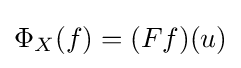
\Phi _{X}(f)=(Ff)(u)